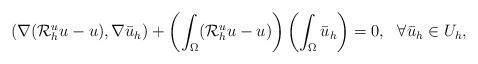
LaTeX: \begin{align*}(\nabla(\mathcal{R}_h^u u - u), \nabla\bar{u}_h) + \left(\int_{\Omega} (\mathcal{R}_h^u u - u) \right) \left( \int_{\Omega}\bar{u}_h\right)=0,\ \ \forall \bar{u}_h\in U_h,\end{align*}